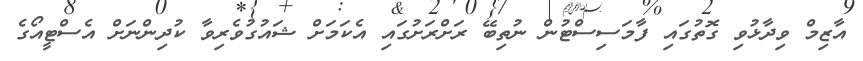
އާޒިމް ވިދާޅުވި ގޮތުގައި ފާމަސިސްޓުން ނުތިބޭ ރަށްރަށުގައި އެކަމަށް ޝައުގުވެރިވާ ކުދިންނަށް އެސްޓީއޯގެ